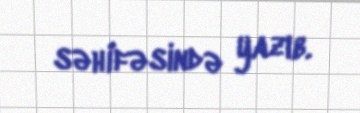
səhifəsində yazıb.